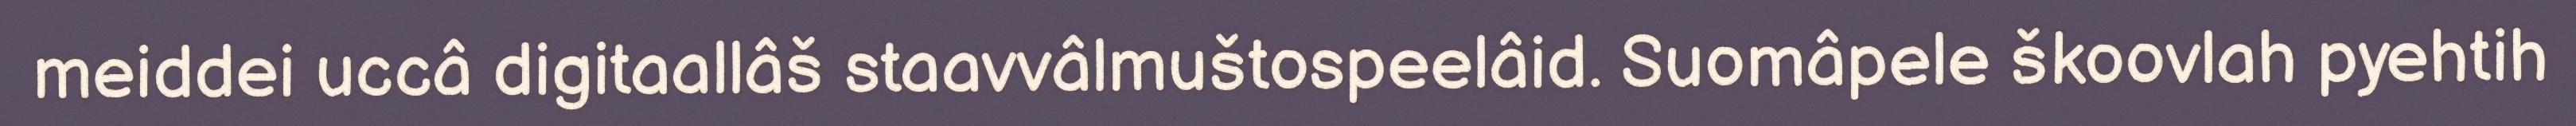
meiddei uccâ digitaallâš staavvâlmuštospeelâid. Suomâpele škoovlah pyehtih